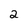
Character: 2